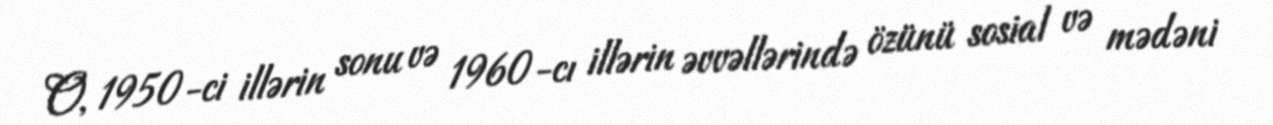
O, 1950-ci illərin sonu və 1960-cı illərin əvvəllərində özünü sosial və mədəni